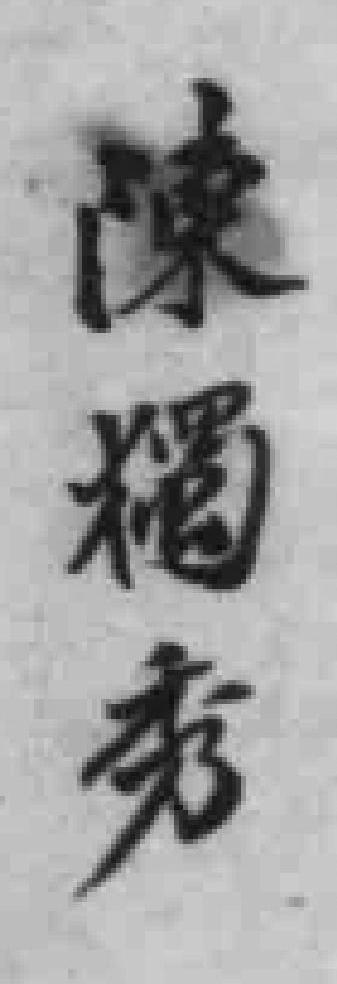
陳獨秀